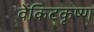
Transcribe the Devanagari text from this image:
वेंकिटकृष्ण